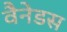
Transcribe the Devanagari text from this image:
वैनेडस